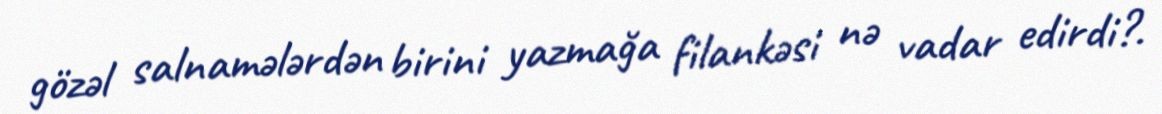
gözəl salnamələrdən birini yazmağa filankəsi nə vadar edirdi?.